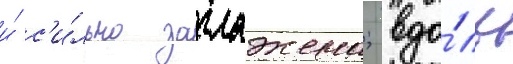
и́ с'и́льно заглажена; вдо́ль